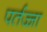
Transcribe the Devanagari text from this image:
पर्तज्जा